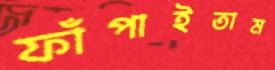
ফাঁপাইতাম